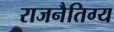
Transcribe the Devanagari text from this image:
राजनैतिग्य